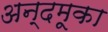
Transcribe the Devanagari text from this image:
अन्दमूका